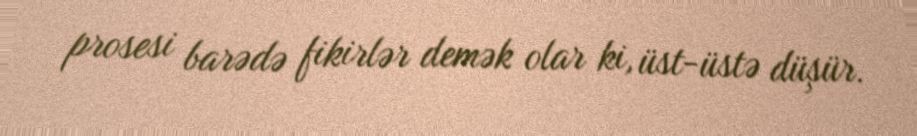
prosesi barədə fikirlər demək olar ki, üst-üstə düşür.